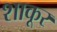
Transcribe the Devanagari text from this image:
शाकूर